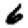
Digit: 6